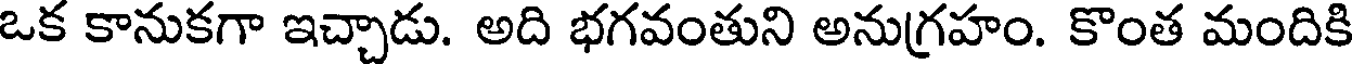
ఒక కానుకగా ఇచ్చాడు. అది భగవంతుని అనుగ్రహం. కొంత మందికి